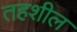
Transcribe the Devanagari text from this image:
तहशील